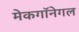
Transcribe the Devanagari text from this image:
मेकगॉनेगल